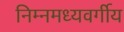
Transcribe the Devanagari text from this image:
निम्नमध्यवर्गीय